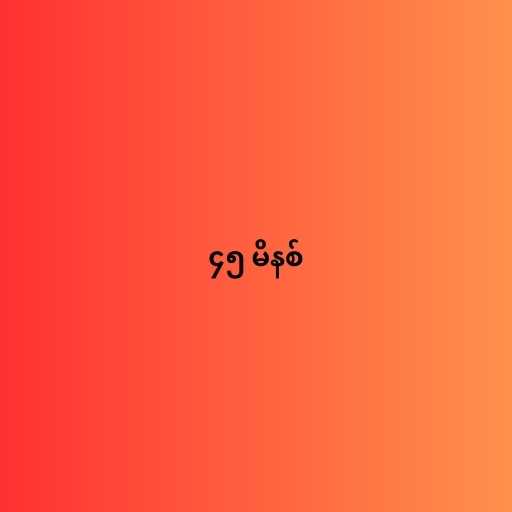
၄၅ မိနစ်